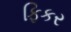
ફિકર